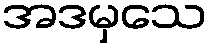
အဒမှသေ